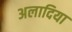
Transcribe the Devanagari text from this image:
अलादिया